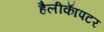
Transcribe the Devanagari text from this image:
हैलीकाॅपटर